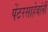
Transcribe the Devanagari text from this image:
पेंटरसाहेबांनी